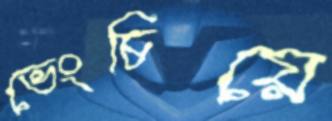
ভেংচিয়ে